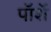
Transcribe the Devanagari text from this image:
पॉर्शे